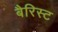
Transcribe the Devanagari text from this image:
बैरिस्ट